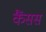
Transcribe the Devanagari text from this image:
कैंसस